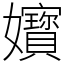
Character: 𡤧